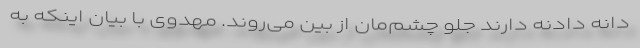
دانه دادنه دارند جلو چشم‌مان از بین می‌روند. مهدوی با بیان اینکه به